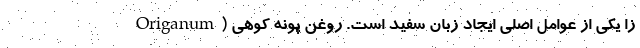
زا یکی از عوامل اصلی ایجاد زبان سفید است. روغن پونه کوهی (Origanum